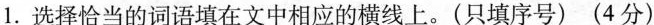
1.选择恰当的词语填在文中相应的横线上。(只填序号)(4分)